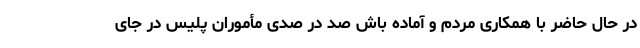
در حال حاضر با همکاری مردم و آماده باش صد در صدی مأموران پلیس در جای